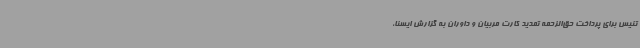
تنیس برای پرداخت حق‌الزحمه تمدید کارت مربیان و داوران به گزارش ایسنا،